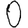
Digit: 0